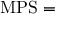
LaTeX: { \mathrm { M P S } } =